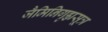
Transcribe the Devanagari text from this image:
जैमिनिगृह्यसूत्र